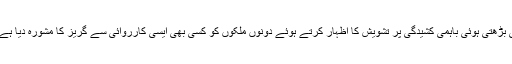
ادھر، برطانیہ نے بھی پاکستان اور بھارت کی بڑھتی ہوئی باہمی کشیدگی پر تشویش کا اظہار کرتے ہوئے دونوں ملکوں کو کسی بھی ایسی کارروائی سے گریز کا مشورہ دیا ہے جو خطے کی سلامتی کے لیے مفید نہیں ہے۔